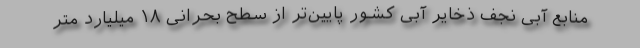
منابع آبی نجف ذخایر آبی کشور پایین‌تر از سطح بحرانی ۱۸ میلیارد متر